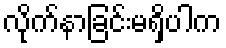
လိုက်နာခြင်းမရှိပါက